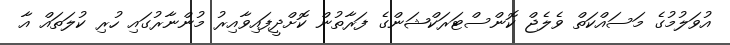
އުވަލުމުގެ މަސައްކަތް ވެލެޖް ކޮންސްޓަރަކްޝަންގެ ފަރާތުން ކޮށްދީފައިވާއިރު މުންނާރުގައި ހުރި ކުލަތައް އާ